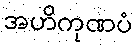
အဟိကုဏပံ